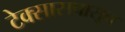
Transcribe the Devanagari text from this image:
टेक्सासपासून